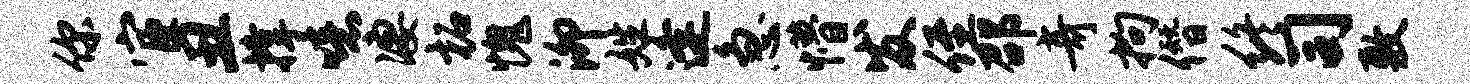
你宦丑撑噫凄柘愧泖姓逢急懵发侄邵奇拘僭终司敷